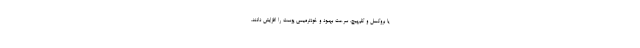
یا بروکسل و کلم‌پیچ، سرعت بهبود و خودترمیمی پوست را افزایش دادند.